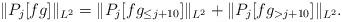
LaTeX: \begin{align*}\|P_j[f g]\|_{L^2} = \|P_j[f g_{\leq j+10}]\|_{L^2} + \|P_j[f g_{>j+10}]\|_{L^2}.\end{align*}